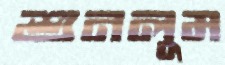
শুনলুম